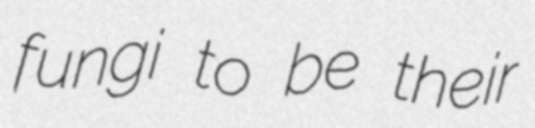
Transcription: fungi to be their